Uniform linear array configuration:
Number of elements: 8
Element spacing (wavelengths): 0.5
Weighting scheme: hamming
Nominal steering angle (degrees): -30
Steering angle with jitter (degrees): -29.187
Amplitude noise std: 0.05
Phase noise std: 0.05

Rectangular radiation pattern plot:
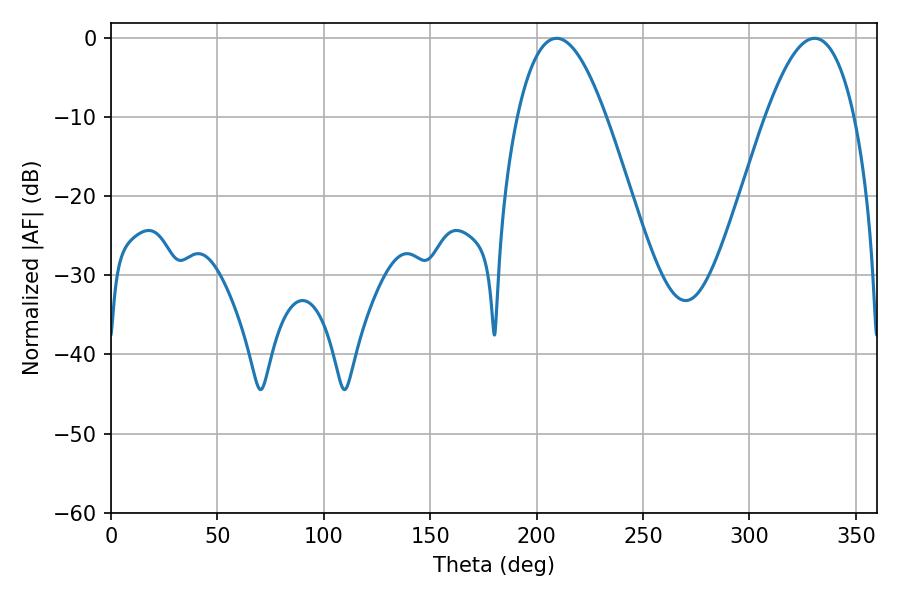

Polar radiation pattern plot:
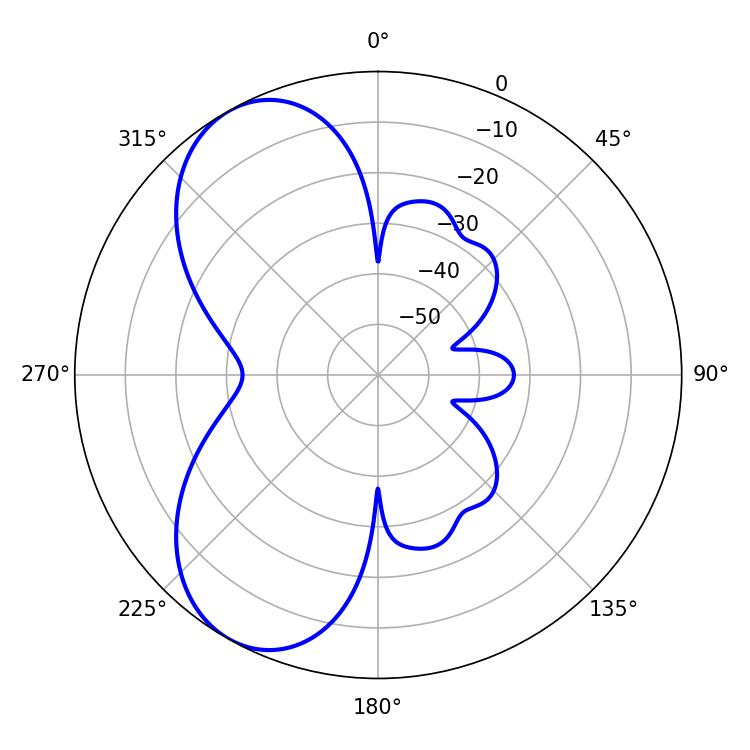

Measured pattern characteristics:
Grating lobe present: FALSE
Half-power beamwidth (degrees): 22.86
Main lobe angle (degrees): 209.34